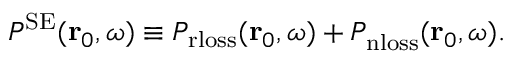
\begin{array} { r } { P ^ { \mathrm { S E } } ( \mathbf { r } _ { 0 } , \omega ) \equiv P _ { \mathrm { r l o s s } } ( \mathbf { r } _ { 0 } , \omega ) + P _ { \mathrm { n l o s s } } ^ { \mathrm { } } ( \mathbf { r } _ { 0 } , \omega ) . } \end{array}